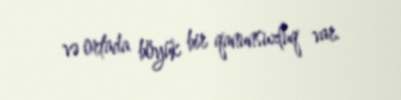
və ortada böyük bir qanunsuzluq var.